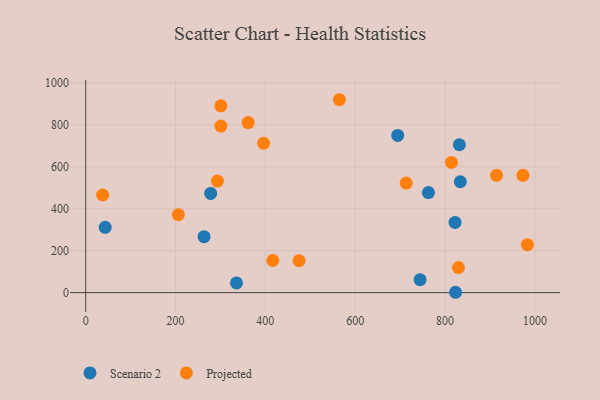
{"axis": {"x": "Distance", "y": "Sales"}, "legend": ["Projected", "Scenario 2"], "data": [{"x": "278.2", "y": 472.5, "type": "Scenario 2"}, {"x": "834.0", "y": 528.3, "type": "Scenario 2"}, {"x": "43.4", "y": 311.4, "type": "Scenario 2"}, {"x": "744.5", "y": 61.6, "type": "Scenario 2"}, {"x": "263.5", "y": 266.5, "type": "Scenario 2"}, {"x": "822.2", "y": 334.7, "type": "Scenario 2"}, {"x": "335.7", "y": 46.1, "type": "Scenario 2"}, {"x": "831.9", "y": 704.6, "type": "Scenario 2"}, {"x": "694.6", "y": 749.2, "type": "Scenario 2"}, {"x": "763.0", "y": 476.9, "type": "Scenario 2"}, {"x": "823.4", "y": 1.7, "type": "Scenario 2"}, {"x": "713.6", "y": 521.9, "type": "Projected"}, {"x": "293.3", "y": 531.4, "type": "Projected"}, {"x": "973.4", "y": 558.8, "type": "Projected"}, {"x": "829.9", "y": 119.3, "type": "Projected"}, {"x": "416.5", "y": 153.2, "type": "Projected"}, {"x": "983.3", "y": 228.3, "type": "Projected"}, {"x": "396.0", "y": 711.7, "type": "Projected"}, {"x": "814.3", "y": 620.6, "type": "Projected"}, {"x": "914.7", "y": 559.1, "type": "Projected"}, {"x": "301.0", "y": 890.3, "type": "Projected"}, {"x": "361.6", "y": 810.2, "type": "Projected"}, {"x": "206.2", "y": 371.3, "type": "Projected"}, {"x": "564.9", "y": 919.2, "type": "Projected"}, {"x": "37.7", "y": 465.3, "type": "Projected"}, {"x": "301.0", "y": 793.5, "type": "Projected"}, {"x": "475.0", "y": 152.4, "type": "Projected"}]}